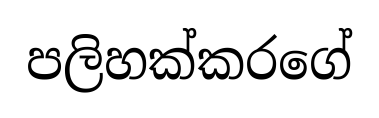
පලිහක්කරගේ